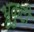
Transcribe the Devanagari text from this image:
भ्रुकुटी